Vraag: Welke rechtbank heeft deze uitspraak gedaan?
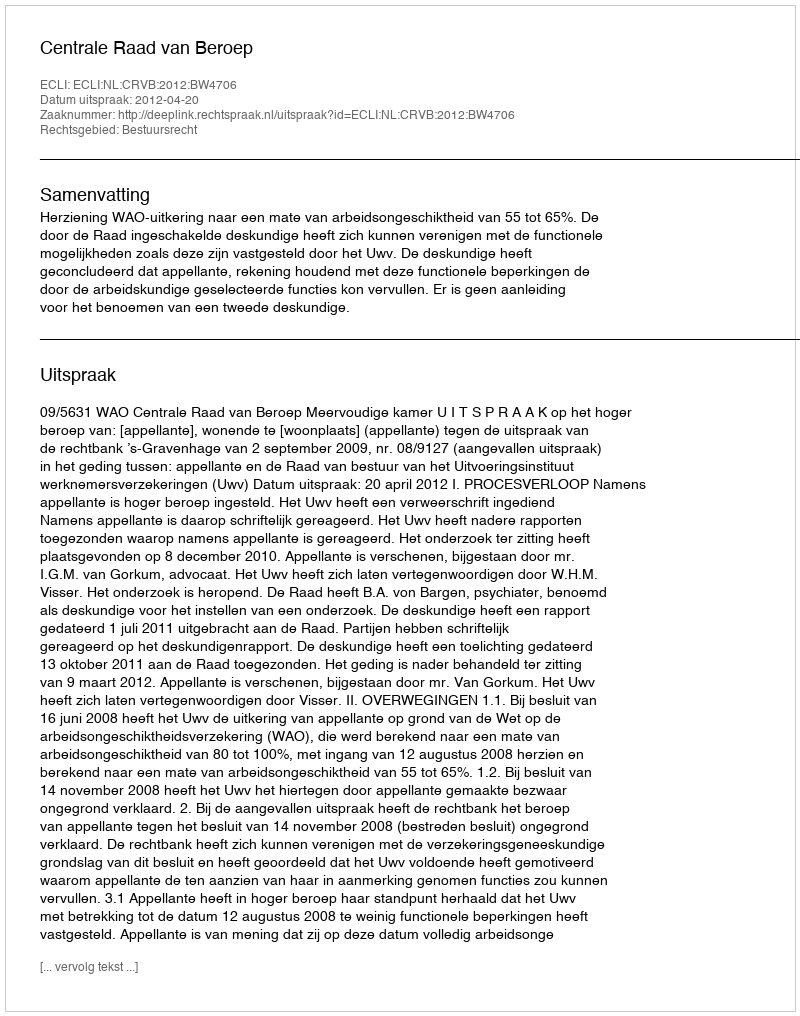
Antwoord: Centrale Raad van Beroep